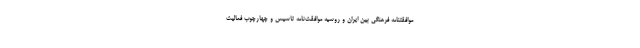
موافقتنامه فرهنگی بین ایران و روسیه موافقت‌نامه تاسیس و چهارچوب فعالیت